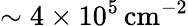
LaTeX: \sim 4\times 10^{5}\, \mathrm{cm^{-2}}